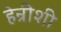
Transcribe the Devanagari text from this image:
हेन्रीशी